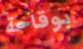
بوقاحة